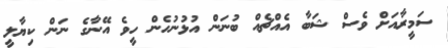
ސަމީރާއަށް ވެސް ޝަބާ އެއްޗެއް ބުނަން އުޅުނުހެން ހީވެ އޭނާގެ ނަން ކިޔާލީ